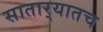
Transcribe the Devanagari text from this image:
सातार्‍यातच